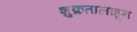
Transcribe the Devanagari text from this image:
शुक्रतालाहून